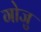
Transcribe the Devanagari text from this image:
गोजु